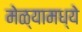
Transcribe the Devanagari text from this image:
मेळ्यामध्ये